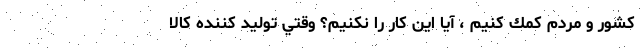
كشور و مردم كمك كنيم ، آيا اين كار را نكنيم؟ وقتي توليد كننده كالا